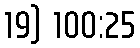
19) 100:25